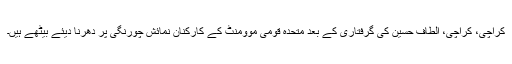
کراچی، کراچی، الطاف حسین کی گرفتاری کے بعد متحدہ قومی موومنٹ کے کارکنان نمائش چورنگی پر دھرنا دیئے بیٹھے ہیں۔